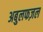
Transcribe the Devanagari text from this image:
अबुलफज़ल